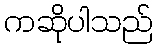
ကဆိုပါသည်